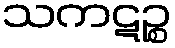
သကဋဉ္စ